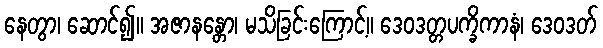
နေတွာ၊ ဆောင်၍။ အဇာနန္တော၊ မသိခြင်းကြောင့်။ ဒေဝဒတ္တပက္ခိကာနံ၊ ဒေဝဒတ်